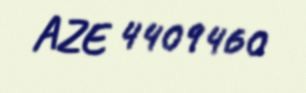
AZE 4409460